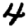
Digit: 4